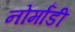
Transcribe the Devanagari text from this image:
नोर्मांडी